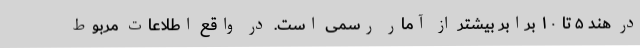
در هند ۵ تا ۱۰ برابر بیشتر از آمار رسمی است. در واقع اطلاعات مربوط